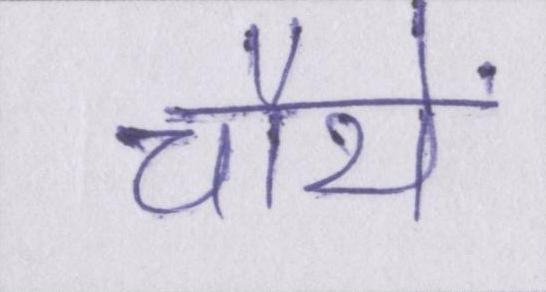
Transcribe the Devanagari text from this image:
चौथे